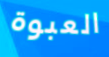
العبوة